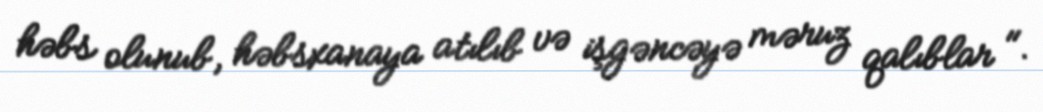
həbs olunub, həbsxanaya atılıb və işgəncəyə məruz qalıblar ".